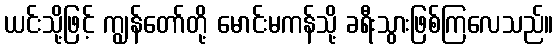
ယင်းသို့ဖြင့် ကျွန်တော်တို့ မောင်းမကန်သို့ ခရီးသွားဖြစ်ကြလေသည်။